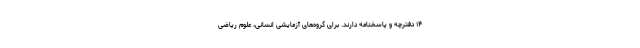
۱۴ دفترچه و پاسخنامه دارند. برای گروه‌های آزمایشی انسانی، علوم ریاضی